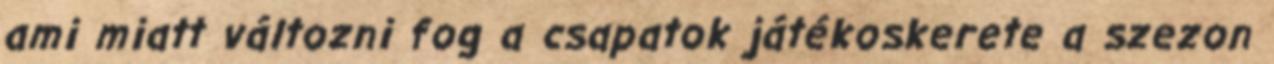
ami miatt változni fog a csapatok játékoskerete a szezon